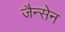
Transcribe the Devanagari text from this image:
जैन्सेन